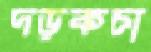
দড়কচা